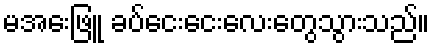
မအေးဖြူ ခပ်ငေးငေးလေးတွေသွားသည်။